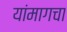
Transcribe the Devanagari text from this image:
यांमागचा